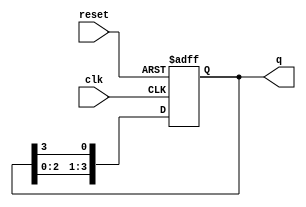
module binary_ring_counter #(
    parameter N = 4  // Number of flip-flops
)(
    input wire clk,       // Clock signal
    input wire reset,     // Asynchronous reset signal
    output reg [N-1:0] q  // Output state of the counter
);

// Always block triggered on the rising edge of the clock or the reset signal
always @(posedge clk or posedge reset) begin
    if (reset) begin
        // Initialize the counter to the first state
        q <= 1'b1; // Only the first flip-flop is set to '1'
    end else begin
        // Shift the '1' to the next flip-flop in the ring
        q <= {q[N-2:0], q[N-1]}; // Shift left and wrap around
    end
end

endmodule